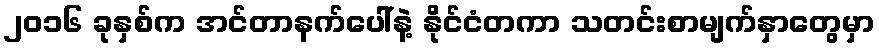
၂၀၁၆ ခုနှစ်က အင်တာနက်ပေါ်နဲ့ နိုင်ငံတကာ သတင်းစာမျက်နှာတွေမှာ